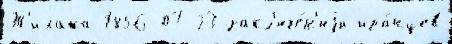
Т'илака 1856-07-23 закл'юче́н'иjи ира́нцев